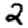
Digit: 2